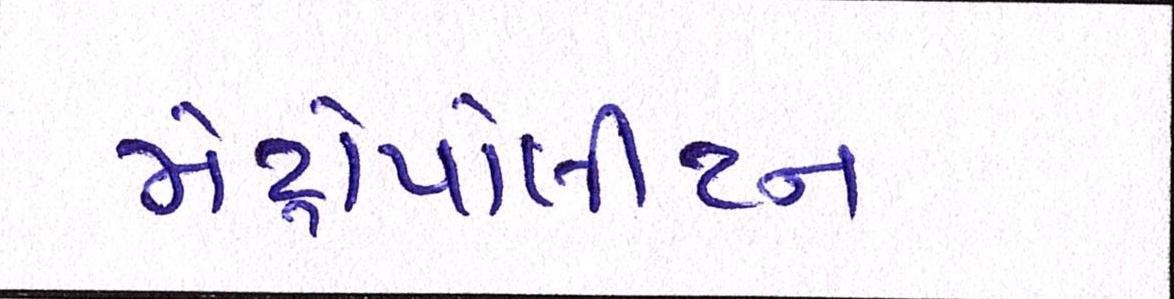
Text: મેટ્રોપોલીટન